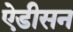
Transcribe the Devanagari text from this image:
ऐडीसन